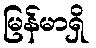
မြန်မာရှိ